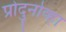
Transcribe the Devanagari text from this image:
प्रोदुनोव्हा